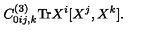
C _ { 0 i j , k } ^ { ( 3 ) } \mathrm { T r } X ^ { i } [ X ^ { j } , X ^ { k } ] .